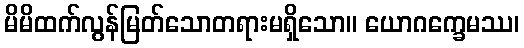
မိမိထက်လွန်မြတ်သောတရားမရှိသော။ ယောဂက္ခေမဿ၊